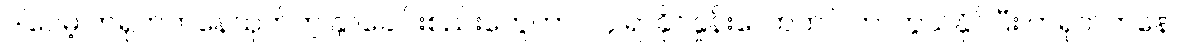
ဒါပေမဲ့ တရုတ်ကနေထုတ်တဲ့ နှာခေါင်းစည်းတွေဟာ ၂၄ ရာခိုင်နှုန်းလောက်ပဲ ကာကွယ်နိုင်ပြီး တရုတ်ကနေ